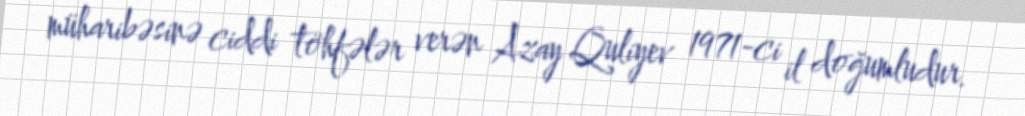
müharibəsinə ciddi töhfələr verən Azay Quliyev 1971-ci il doğumludur.